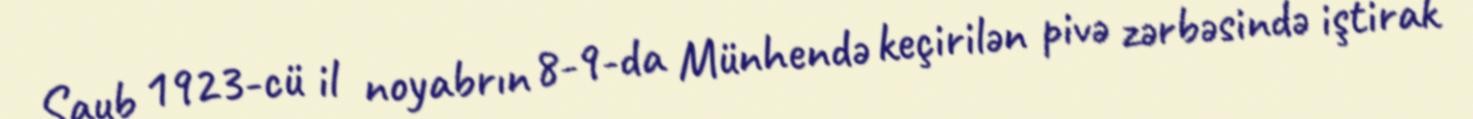
Şaub 1923-cü il noyabrın 8-9-da Münhendə keçirilən pivə zərbəsində iştirak